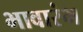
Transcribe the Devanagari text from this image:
भावारंभ